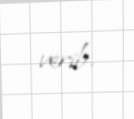
verib.